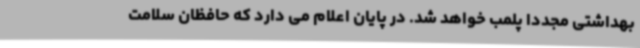
بهداشتی مجددا پلمب خواهد شد. در پایان اعلام می دارد که حافظان سلامت